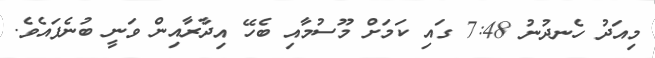
މިއަދު ހެނދުނު 7:48 ގައި ކަމަށް މޫސުމާއި ބެހޭ އިދާރާއިން ވަނީ ބުނެފައެވެ.